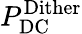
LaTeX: P_{\mathrm{DC}}^{\mathrm{Dither}}